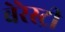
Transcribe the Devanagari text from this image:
बेरेस्ट्री